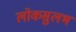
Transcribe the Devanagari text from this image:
लोकसुलभ